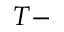
T -